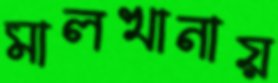
মালখানায়